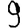
Digit: 9